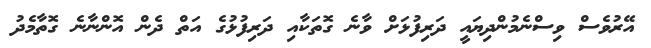
އޭރުވެސް ވިސްނެމުންދިޔައީ ދަރިފުޅަށް ވާނެ ގޮތަކާއި ދަރިފުޅުގެ އަތް ދެން އޮންނާނެ ގޮތާމެދު